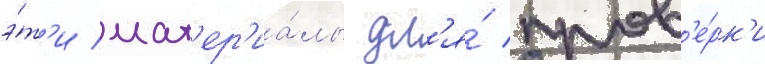
э́т'и мат'ер'иа́лы дл'я́ пров'е́рк'и